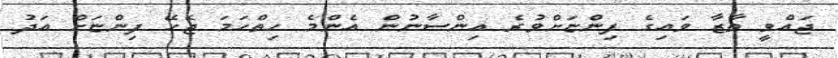
ޖައްވީ ތާޒާ ވައިގެ ފިންޏަށްވުރެ އިންސާނުން އެންމެ ހިތްހަމަ ޖެހޭ ފިންޏަށް އަދު